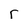
Character: r